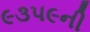
૯૩૫૯ની